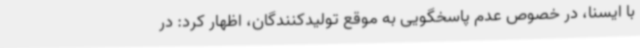
با ایسنا، در خصوص عدم پاسخگویی به موقع تولیدکنندگان، اظهار کرد: در